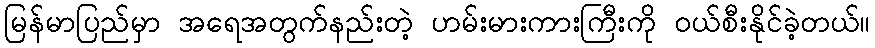
မြန်မာပြည်မှာ အရေအတွက်နည်းတဲ့ ဟမ်းမားကားကြီးကို ဝယ်စီးနိုင်ခဲ့တယ်။